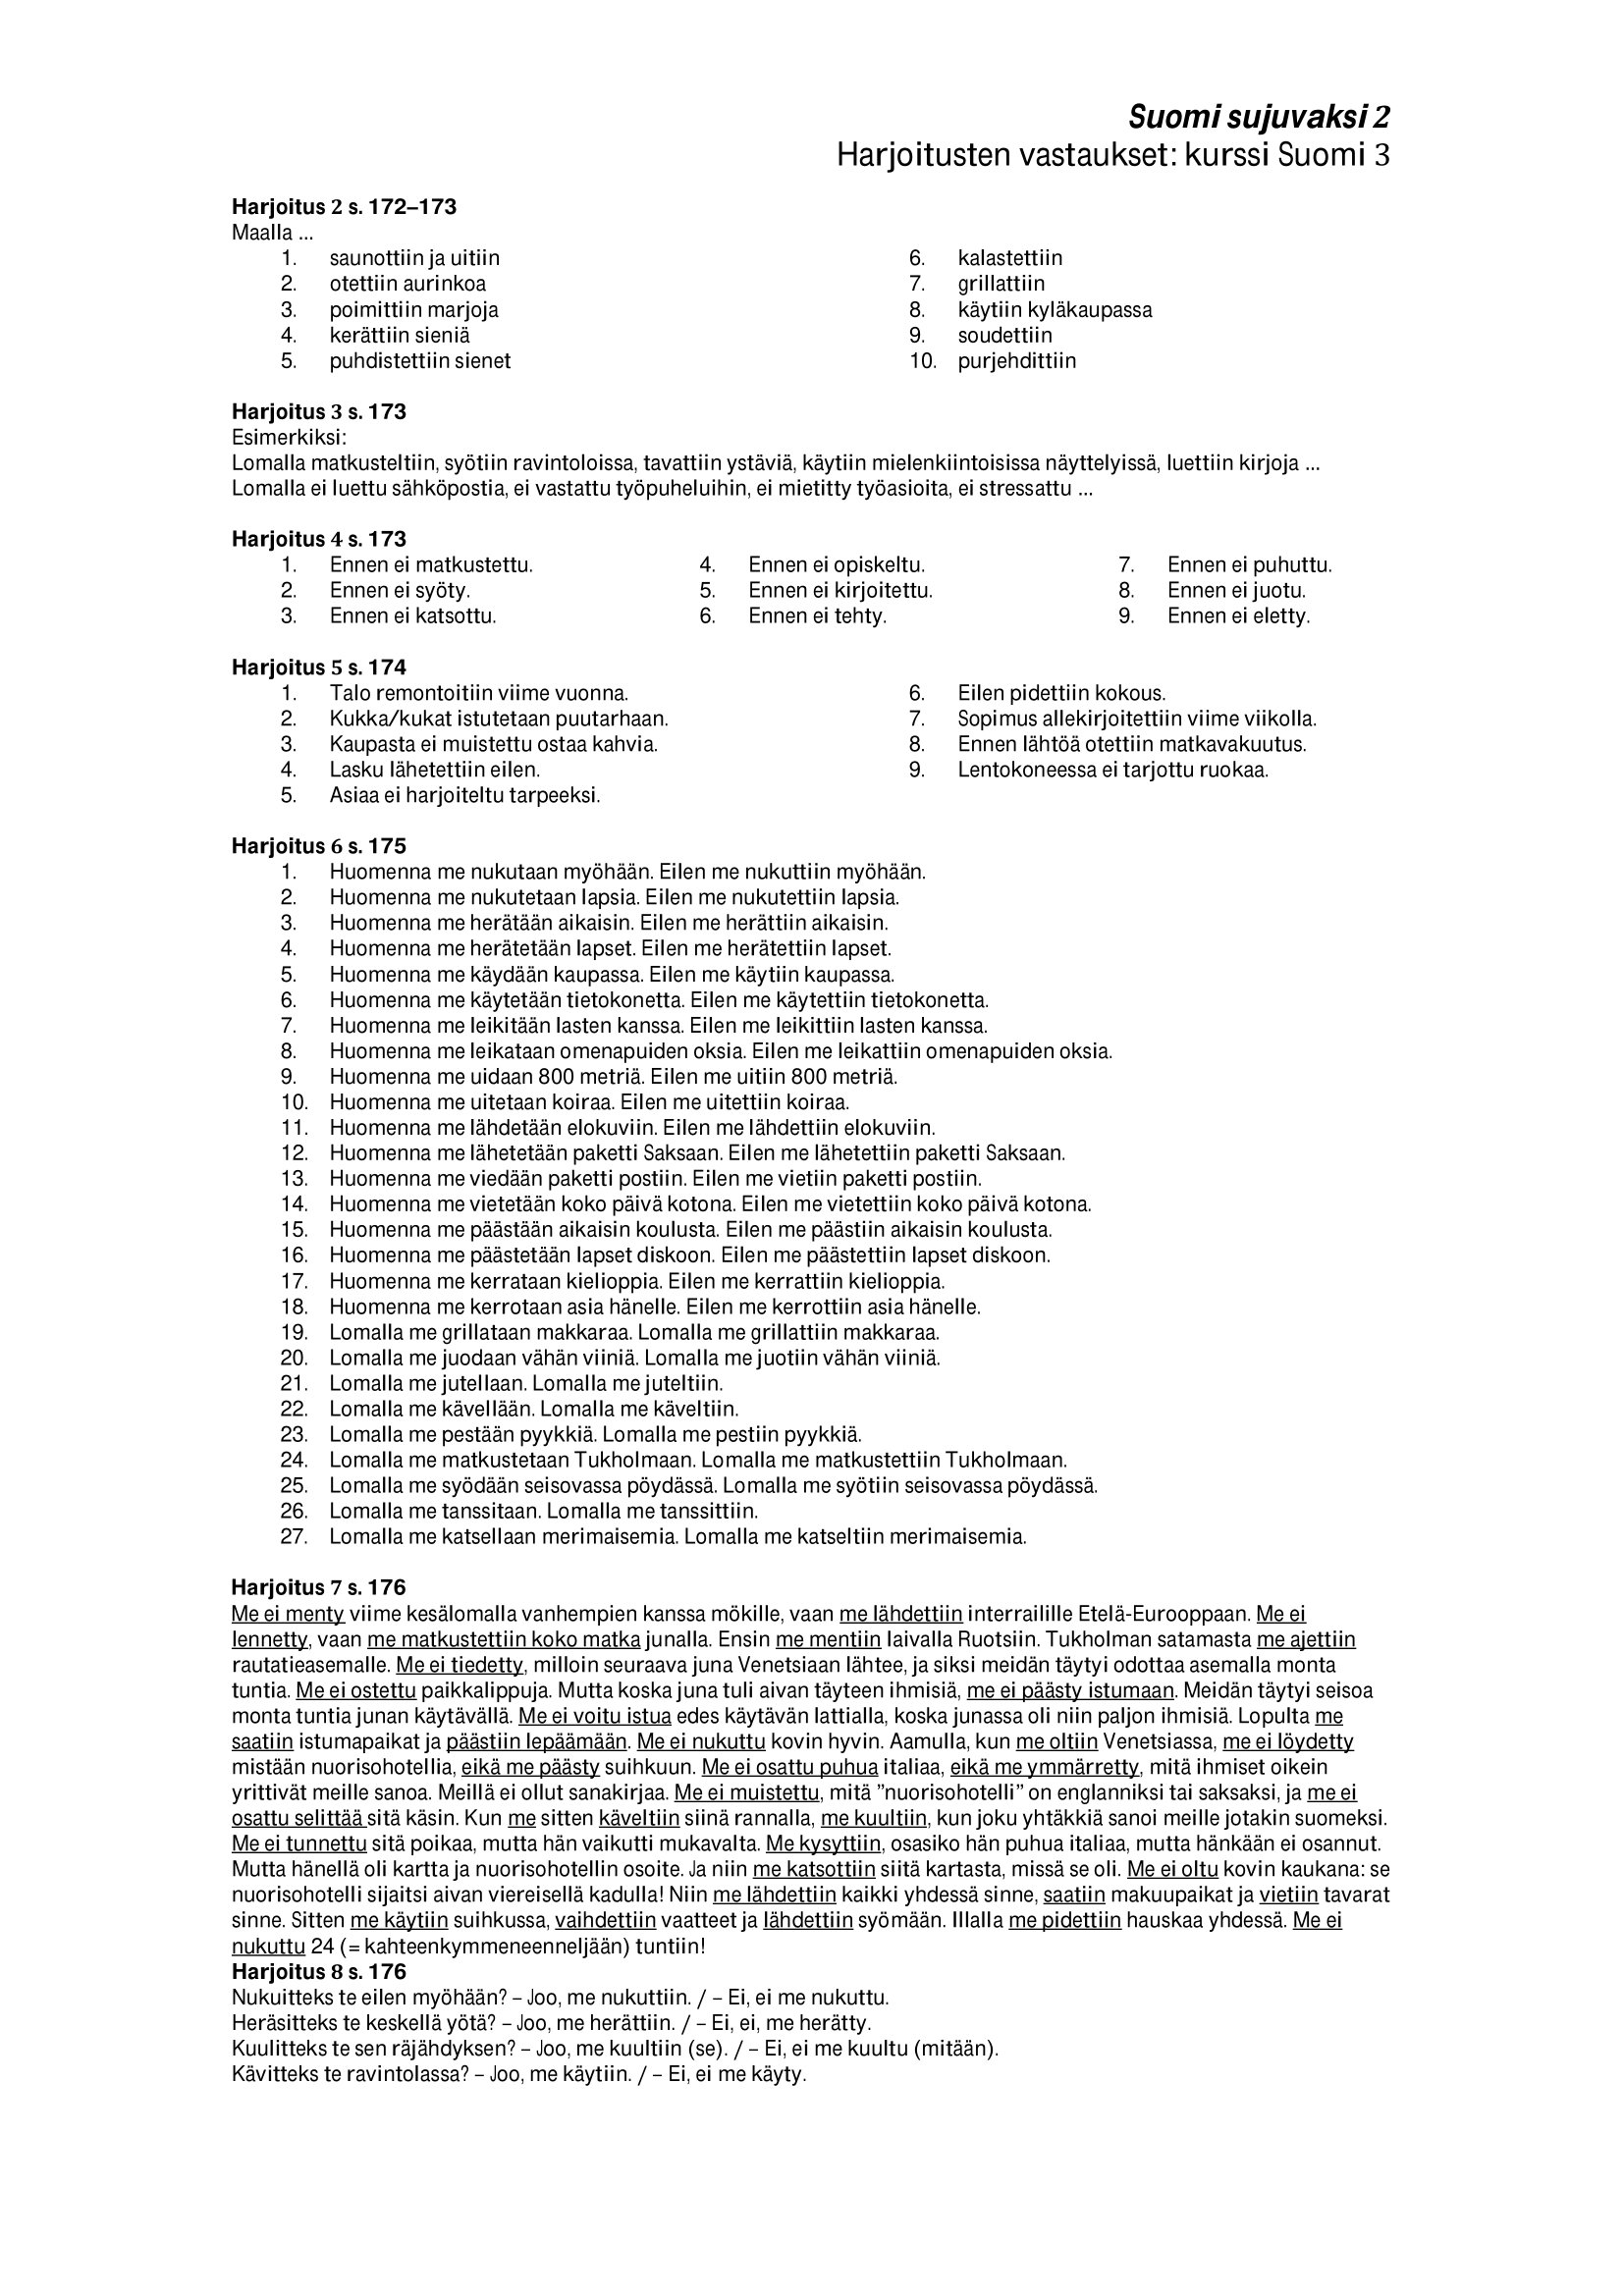
Language: fn